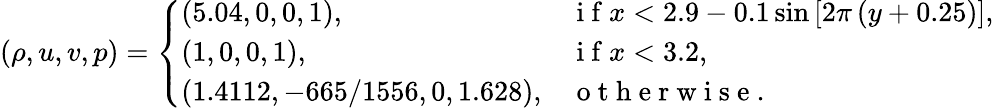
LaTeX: (\rho,u,v,p)=\left\{ \begin{array}{ll}{(5.04,0,0,1),}&{\mathrm{~i~f~}x<2.9-0.1\sin\left[2\pi\left(y+0.25\right)\right],}\\ {(1,0,0,1),}&{\mathrm{~i~f~}x<3.2,}\\ {(1.4112,-665/1556,0,1.628),}&{\mathrm{~o~t~h~e~r~w~i~s~e~}.}\end{array}\right.